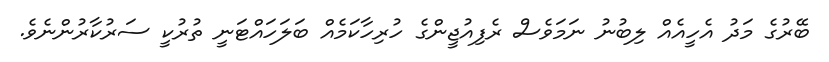
ބޭރުގެ މަދު އެހީއެއް ލިބުނު ނަމަވެސް ރެފިއުޖީންގެ ހުރިހާކަމެއް ބަލަހައްޓަނީ ތުރުކީ ސަރުކާރުންނެވެ.